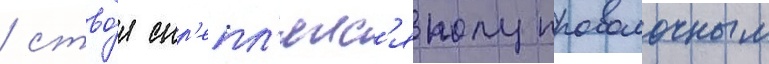
/ ство́л скр'епл'ялс'я полупроволочным